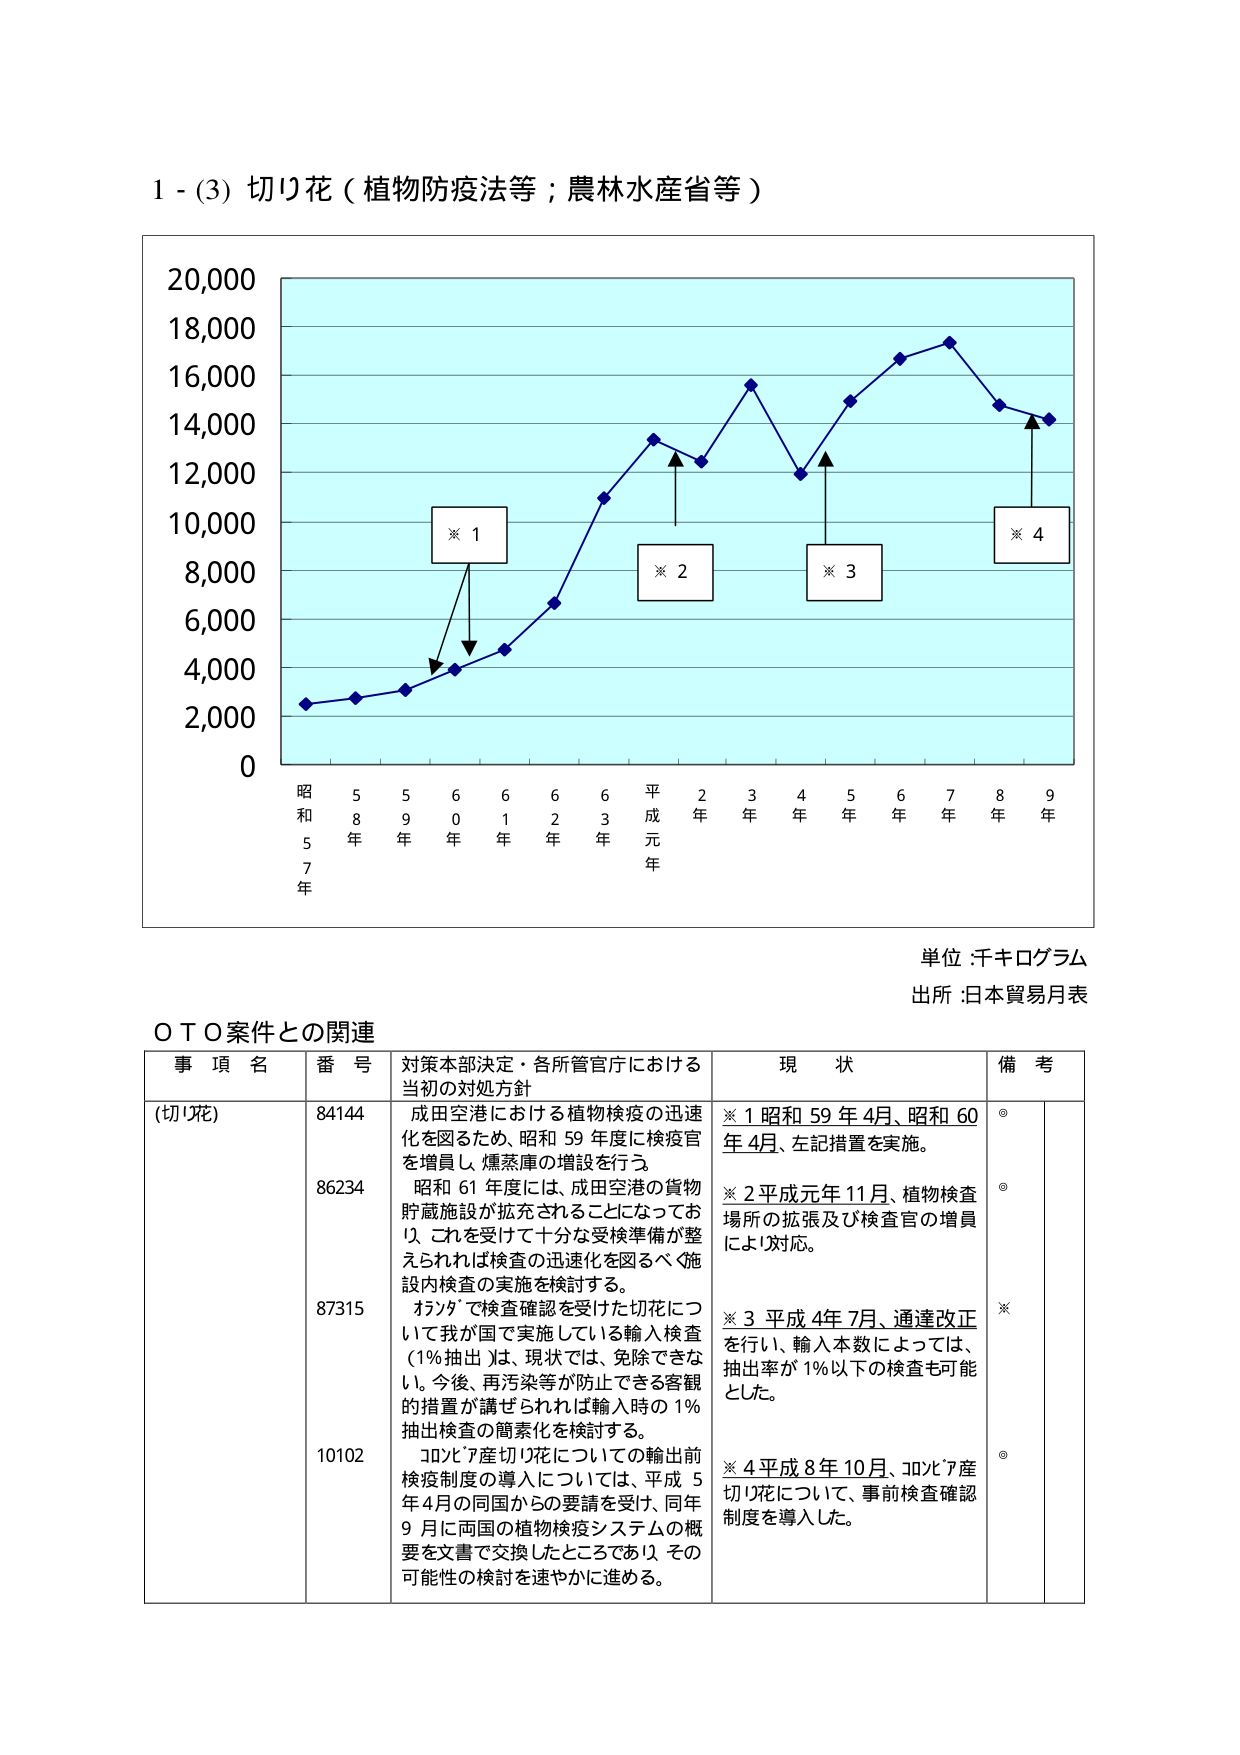
1 - (3) 切り花（植物防疫法等；農林水産省等）

20,000
18,000
16,000
14,000
12,000
10,000
8,000
6,000
4,000
2,000
0

※ 1
※ 2
※ 3
※ 4

昭和57年 58年 59年 60年 61年 62年 63年 平成元年 2年 3年 4年 5年 6年 7年 8年 9年

単位：千キログラム
出所：日本貿易月表

ＯＴＯ案件との関連

事項名 番号 対策本部決定・各所管官庁における 当初の対処方針 現状 備考

(切り花) 84144 成田空港における植物検疫の迅速化を図るため、昭和59年度に検疫官を増員し、燻蒸庫の増設を行う。 ※1 昭和59年4月、昭和60年4月、左記措置を実施。 ◎

86234 昭和61年度には、成田空港の貨物貯蔵施設が拡充されることになっており、これを受けて十分な受検準備が整えられれば検査の迅速化を図るべく施設内検査の実施を検討する。 ※2 平成元年11月、植物検査場所の拡張及び検査官の増員により対応。 ◎

87315 ホンダで検査確認を受けた切花について我が国で実施している輸入検査（1%抽出）は、現状では、免除できない。今後、再汚染等が防止できる客観的措置が講ぜられれば輸入時の1%抽出検査の簡素化を検討する。 ※3 平成4年7月、通達改正を行い、輸入本数によっては、抽出率が1%以下の検査も可能とした。 ※

10102 コロンビア産切り花についての輸出前検疫制度の導入については、平成5年4月の同国からの要請を受け、同年9月に両国の植物検疫システムの概要を文書で交換したところであり、その可能性の検討を速やかに進める。 ※4 平成8年10月、コロンビア産切り花について、事前検査確認制度を導入した。 ◎